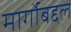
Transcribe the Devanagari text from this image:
मार्गोबद्दल